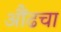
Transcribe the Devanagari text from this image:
औंढचा